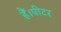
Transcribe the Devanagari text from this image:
हैं।पीटर